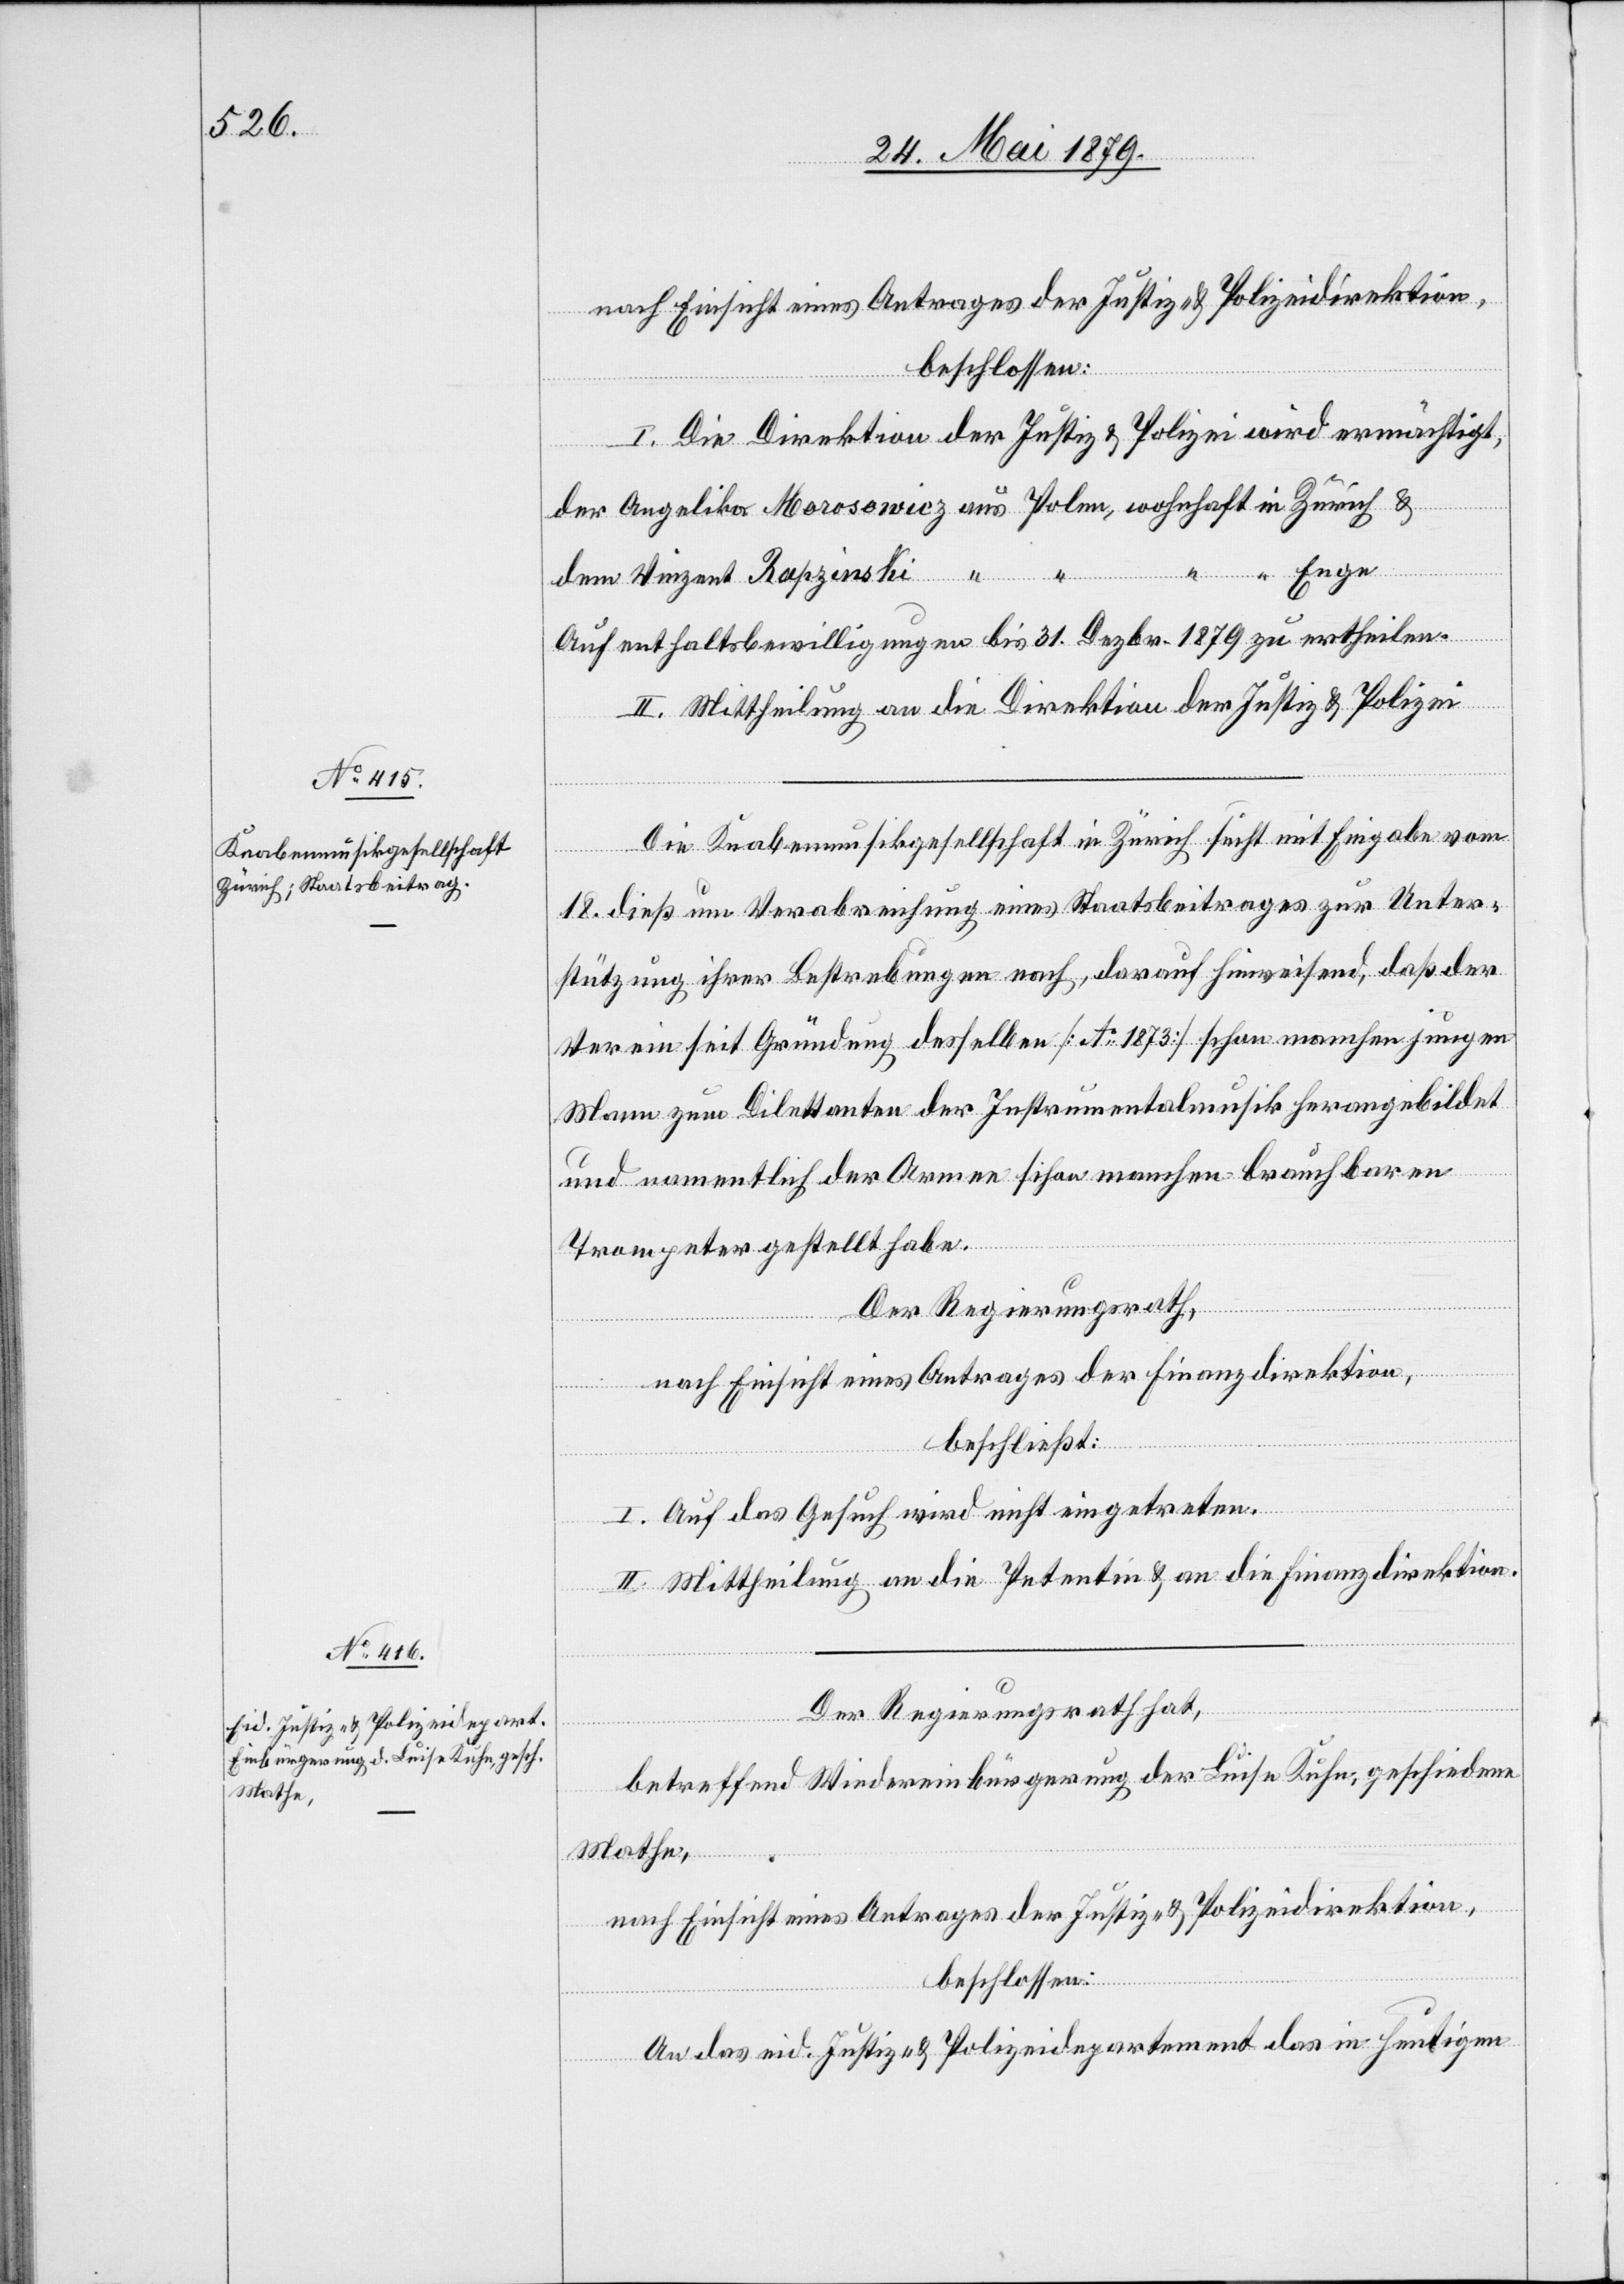
Mathe,

nach Einsicht eines Antrages der Justiz- & Polizeidirektion,
beschlossen:
I. Die Direktion der Justiz & Polizei wird ermächtigt,
der Angelika Morosowicz aus Polen, wohnhaft in Zürich /
“ Enge
dem Vinzent Rapzinski “ “
Aufenthaltsbewilligungen bis 31. Dezbr. 1879 zu ertheilen.
II. Mittheilung an die Direktion der Justiz & Polizei.
Die Knabenmusikgesellschaft in Zürich sucht mit Eingabe vom
18. dieß um Verabreichung eines Staatsbeitrages zur Unter¬
stützung ihrer Bestrebungen nach, darauf hinweisend, daß der
Verein seit Gründung desselben [Ao 1873] schon manchen jungen
Mann zum Dilettanten der Instrumentalmusik herangebildet
und namentlich der Armee schon manchen brauchbaren
Trompeter gestellt habe.
Der Regierungsrath,
nach Einsicht eines Antrages der Finanzdirektion,
beschließt:
I. Auf das Gesuch wird nicht eingetreten.
II. Mittheilung an die Petentin & an die Finanzdirektion.
Der Regierungsrath hat,
betreffend Wiedereinbürgerung der Luise Kuhn, geschiedene
nach Einsicht eines Antrages der Justiz- & Polizeidirektion,
beschlossen:
An das eid. Justiz- & Polizeidepartement das in heutigen